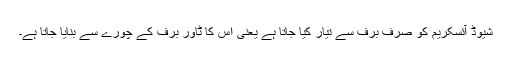
شیوڈ آئسکریم کو صرف برف سے تیار کیا جاتا ہے یعنی اس کا ٹاور برف کے چُورے سے بنایا جاتا ہے۔